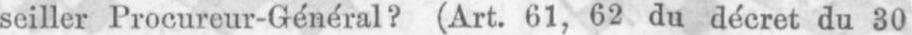
seiller Procureur-Général? (Art. 61, 62 du décret du 30